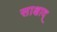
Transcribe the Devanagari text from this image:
साक्षाद्